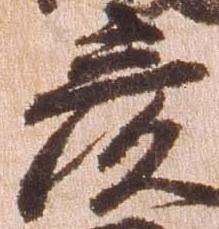
彦